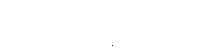
ဂဟပတိပဏ္ဍိတေပေ